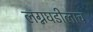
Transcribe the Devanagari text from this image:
लग्नघडीलाच